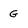
Character: G